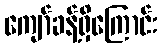
ကျော်ခန့်ရှိကြောင်း